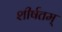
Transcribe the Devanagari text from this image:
शीर्षतम्